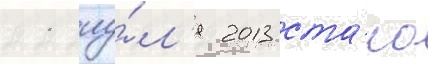
11 иу́л'я 2013 ста́ло